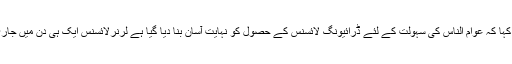
اس کے ساتھ مزید کہا کہ عوام الناس کی سہولت کے لئے ڈرائیونگ لائسنس کے حصول کو نہایت آسان بنا دیا گیا ہے لرنرلائسنس ایک ہی دن میں جاری کر دیا جاتا ہے ۔